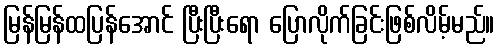
မြန်မြန်ထပြန်အောင် ပြီးပြီးရော ပြောလိုက်ခြင်းဖြစ်လိမ့်မည်။